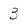
Character: 3